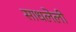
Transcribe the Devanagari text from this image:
साधलेली